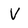
Character: V